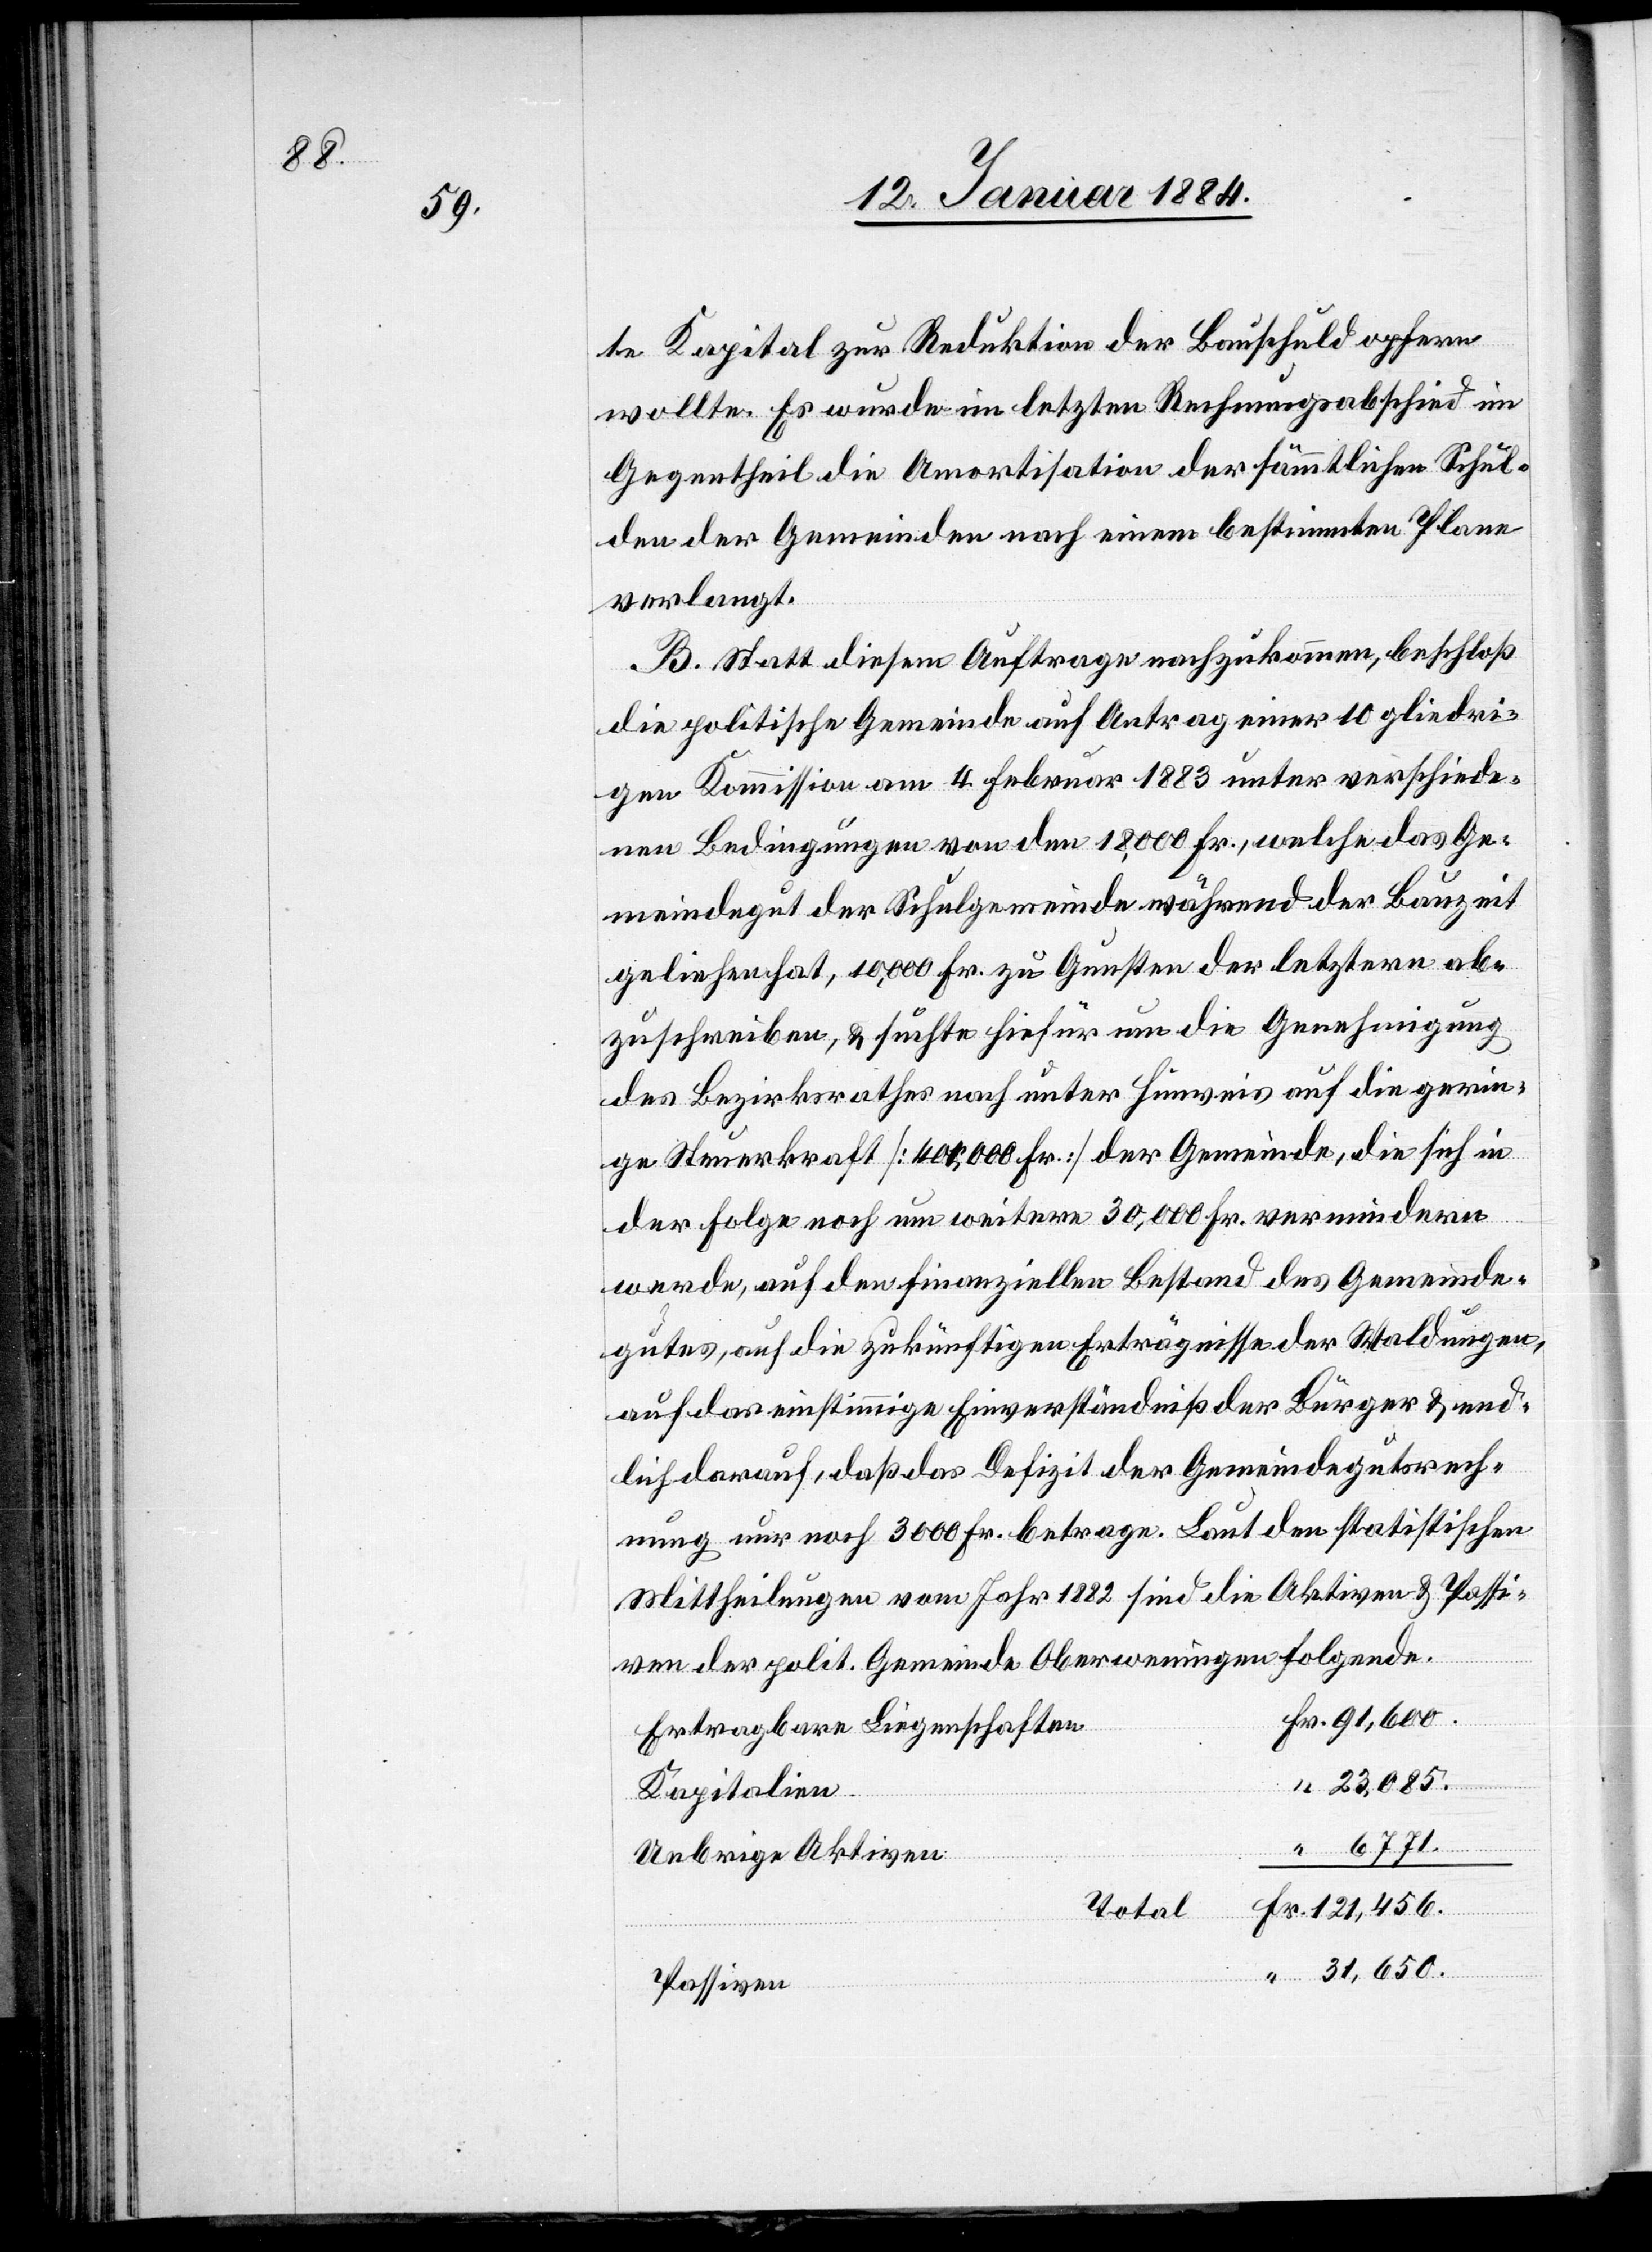
te Kapital zur Reduktion der Bauschuld opfern
wollte. Es wurde im letzten Rechnungsabschied im
Gegentheil die Amortisation der sämmtlichen Schul¬
den der Gemeinde nach einem bestimmten Plane
verlangt.
B. Statt diesem Auftrage nachzukommen, beschloß
die politische Gemeinde auf Antrag einer 10 gliedri¬
gen Kommission am 4. Februar 1883 unter verschiede¬
nen Bedingungen von den 18,000 Fr., welche das Ge¬
meindegut der Schulgemeinde während der Bauzeit
geliehen hat, 10,000 Fr. zu Gunsten der letztern ab¬
zuschreiben, & suchte hiefür um die Genehmigung
des Bezirksrathes nach unter Hinweis auf die gerin¬
ge Steuerkraft [400,000 Fr.] der Gemeinde, die sich in
der Folge noch um weitere 30,000 Fr. vermindern
werde, auf den finanziellen Bestand des Gemeinde¬
gutes, auf die zukünftigen Erträgnisse der Waldungen,
auf das einstimmige Einverständniß der Bürger & end¬
lich darauf, daß das Defizit der Gemeindegutsrech¬
nung nur noch 3000 Fr. betrage. Laut den statistischen
Mittheilungen vom Jahr 1882 sind die Aktiven & Passi¬
ven der polit. Gemeinde Oberweningen folgende:
Ertragbare Liegenschaften
23,085.
Fr.
Kapitalien
Uebrige Aktiven
“
Total
Passiven